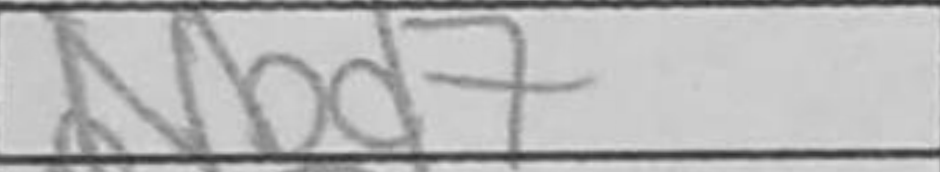
Transcription: Nbd7